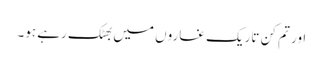
اور تم کن تاریک غاروں میں بھٹک رہے ہو۔